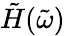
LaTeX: \tilde{H}(\tilde{\omega})